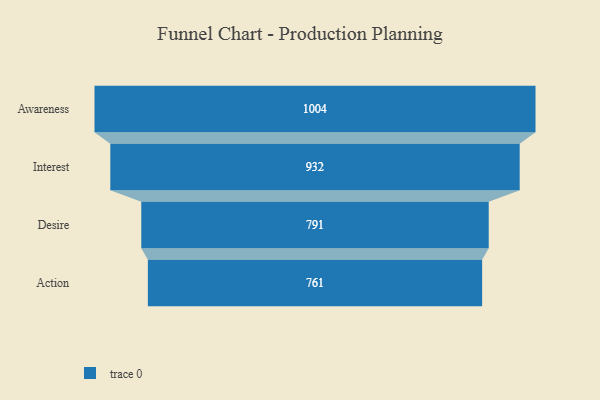
{"axis": {"x": "Stage", "y": "Value"}, "legend": [""], "data": [{"x": "Awareness", "y": 1004.0, "type": ""}, {"x": "Interest", "y": 932.0, "type": ""}, {"x": "Desire", "y": 791.0, "type": ""}, {"x": "Action", "y": 761.0, "type": ""}]}